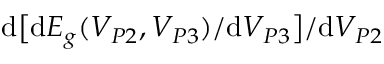
\mathrm { d } \big [ \mathrm { d } E _ { g } ( V _ { P 2 } , V _ { P 3 } ) / \mathrm { d } V _ { P 3 } \big ] / \mathrm { d } V _ { P 2 }